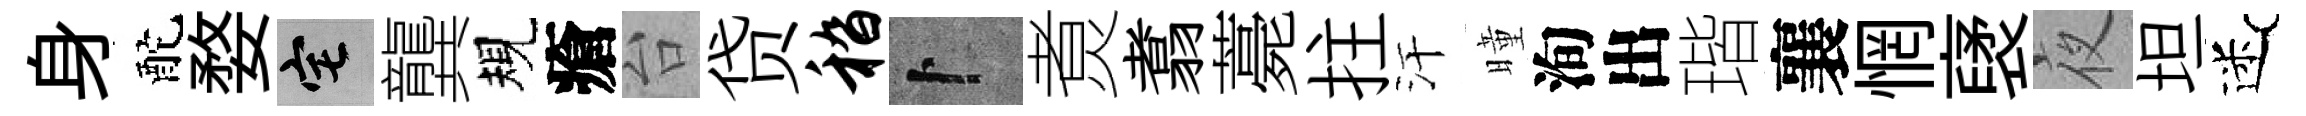
身酡婺宅龔規瘡台贷嵇卜煑翥薧拄汗曈洵出瑎襄惘裦夜坦迷